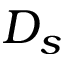
D _ { s }